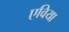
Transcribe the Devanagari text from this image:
एविया